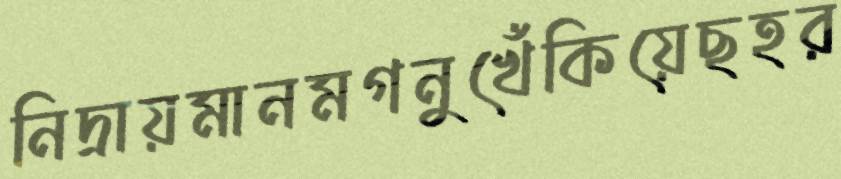
নিদ্রায়মানমগনুখেঁকিয়েছহর